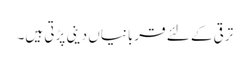
ترقی کے لئے قربانیاں دینی پڑتی ہیں۔